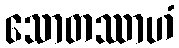
သောတဿာဟံ